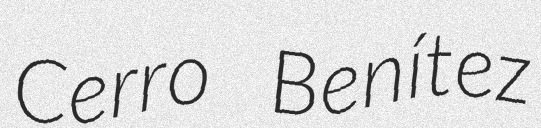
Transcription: Cerro Benítez